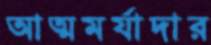
আত্মমর্যাদার